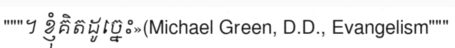
"""។ ខ្ញុំគិតដូច្នេះ»(Michael Green, D.D., Evangelism"""